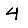
Digit: 4